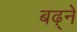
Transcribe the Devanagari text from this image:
बढ़्ने